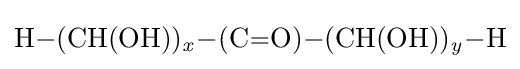
{\ce {H-(CH(OH))_{\mathit {x}}-(C=O)-(CH(OH))_{\mathit {y}}-H}}